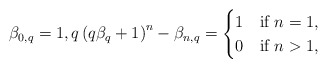
\begin{align*}\beta_{0,q}=1,q\left(q\beta_{q}+1\right)^{n}-\beta_{n,q}=\begin{cases}1 & \mbox{if }n=1,\\0 & \mbox{if }n>1,\end{cases}\end{align*}